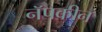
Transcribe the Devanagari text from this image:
नॅपकीन